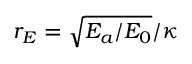
r _ { E } = \sqrt { E _ { a } / E _ { 0 } } / \kappa